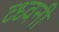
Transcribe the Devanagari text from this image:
व्ध्वनी